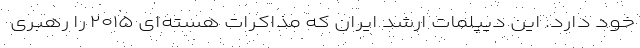
خود دارد. این دیپلمات ارشد ایران که مذاکرات هسته‌ای ۲۰۱۵ را رهبری